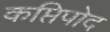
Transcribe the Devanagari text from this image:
कप्तिपोद